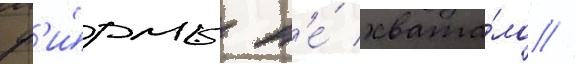
ф'и́рмы н'е́ хвата́ло //